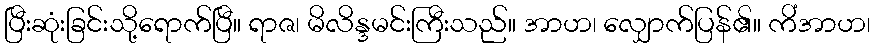
ပြီးဆုံးခြင်းသို့ရောက်ပြီ။ ရာဇ၊ မိလိန္ဒမင်းကြီးသည်။ အာဟ၊ လျှောက်ပြန်၏။ ကိံအာဟ၊